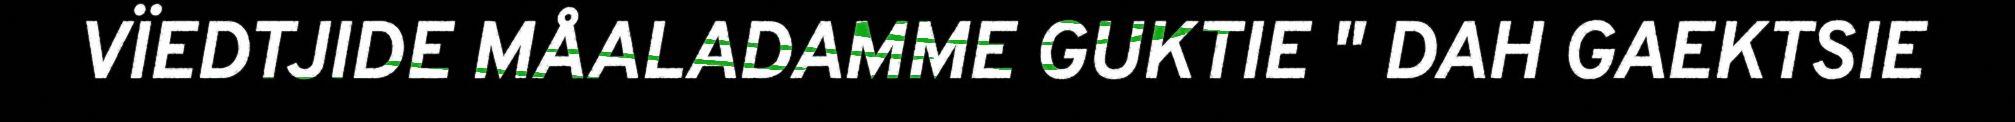
VÏEDTJIDE MÅALADAMME GUKTIE " DAH GAEKTSIE